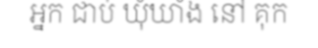
អ្នក ជាប់ ឃុំឃាំង នៅ គុក